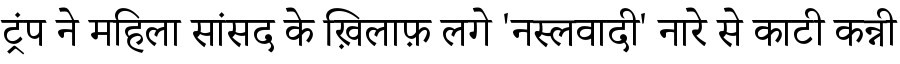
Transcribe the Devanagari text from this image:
ट्रंप ने महिला सांसद के ख़िलाफ़ लगे 'नस्लवादी' नारे से काटी कन्नी